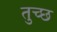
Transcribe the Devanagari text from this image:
तुच्‍छ